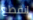
انقطع